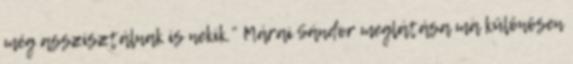
még asszisztálnak is nekik.” Márai Sándor meglátása ma különösen